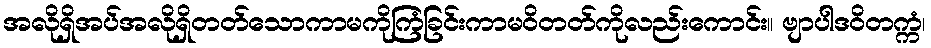
အလိုရှိအပ်အလိုရှိတတ်သောကာမကိုကြံခြင်းကာမဝိတတ်ကိုလည်းကောင်း။ ဗျာပါဒဝိတက္ကံ၊